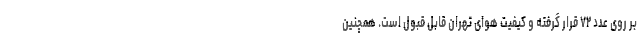
بر روی عدد ۷۲ قرار گرفته و کیفیت هوای تهران قابل قبول است. همچنین